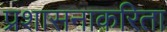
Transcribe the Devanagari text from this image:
प्रशासनाकरिता